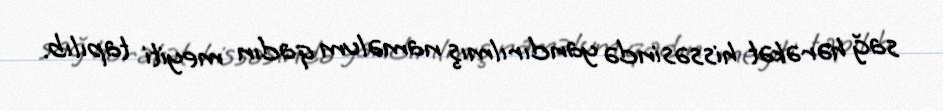
sağ hərəkət hissəsində yandırılmış naməlum qadın meyiti tapılıb.